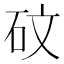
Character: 砇